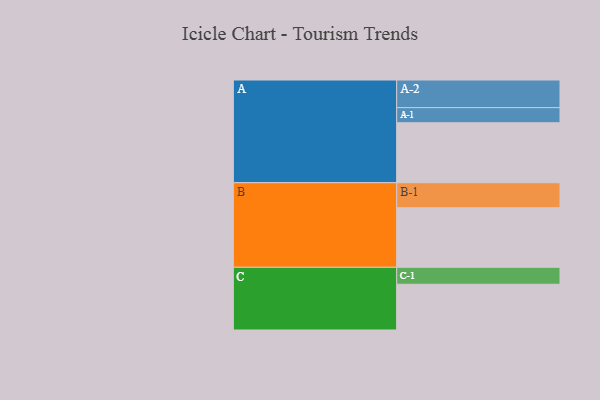
{"axis": {"x": "Segment", "y": "Value"}, "legend": ["", "A", "B", "C"], "data": [{"x": "A", "y": 460, "type": ""}, {"x": "B", "y": 457, "type": ""}, {"x": "C", "y": 351, "type": ""}, {"x": "A-1", "y": 116, "type": "A"}, {"x": "A-2", "y": 212, "type": "A"}, {"x": "B-1", "y": 192, "type": "B"}, {"x": "C-1", "y": 130, "type": "C"}]}